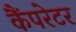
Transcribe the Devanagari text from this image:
कैंपरेटर